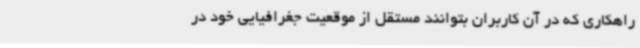
راهکاری که در آن کاربران بتوانند مستقل از موقعیت جغرافیایی خود در